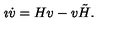
\imath \dot { v } = H v - v \tilde { H } .